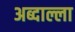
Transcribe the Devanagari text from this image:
अब्दाल्ला